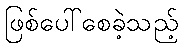
ဖြစ်ပေါ်စေခဲ့သည့်